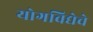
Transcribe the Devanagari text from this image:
योगविद्येचे